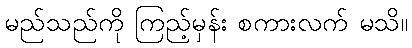
မည်သည်ကို ကြည့်မှန်း စကားလက် မသိ။